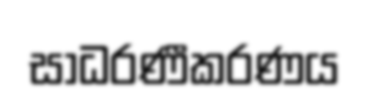
සාධරණීකරණය